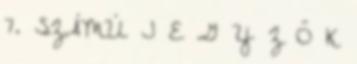
7. SZÁMÚ J E G Y Z Ő K